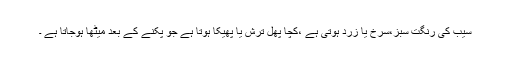
سیب کی رنگت سبز،سرخ یا زرد ہوتی ہے ،کچا پھل ترش یا پھیکا ہوتا ہے جو پکنے کے بعد میٹھا ہوجاتا ہے ۔